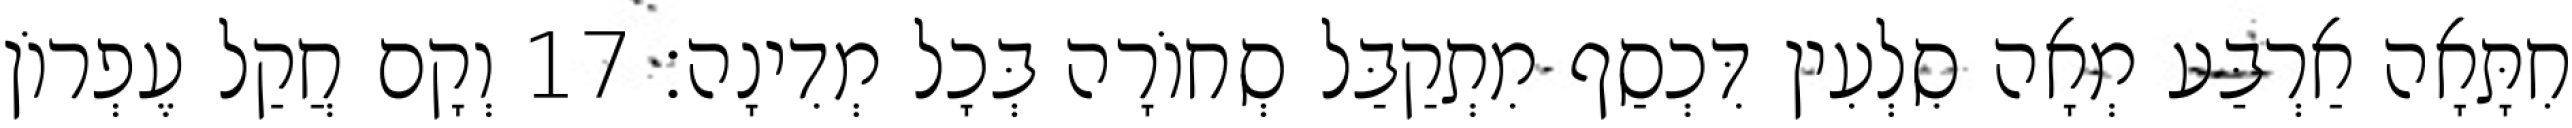
חִתָּאָה אַרְבַּע מְאָה סִלְעִין דִּכְסַף מִתְקַבַּל סְחוֹרָה בְּכָל מְדִינָה׃ 17 וְקָם חֲקַל עֶפְרוֹן